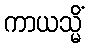
ကာယသ္မိံ